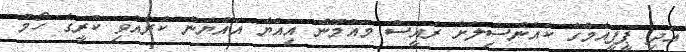
އަދި ޕީޕީއެމްގެ ކައުންސިލަށް ރައީސް މައުމޫން އިއްޔެ އައްޔަން ކުރެއްވި ކުރީގެ ހޯމް